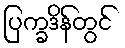
ပြက္ခဒိန်တွင်